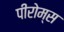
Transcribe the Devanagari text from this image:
पीरोम्स